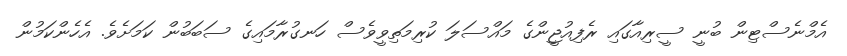
އެމްނެސްޓިން ބުނީ ސީރިއާގައި ރެފިއުޖީންގެ މައްސަލަ ކުރިމަތިވީވެސް ހަނގުރާމައިގެ ސަބަބުން ކަމަށެވެ. އެހެންކަމުން